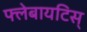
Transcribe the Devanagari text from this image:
फ्लेबायटिस्